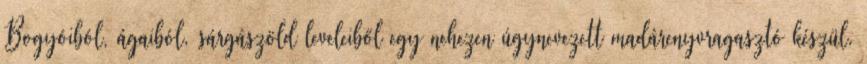
Bogyóiból, ágaiból, sárgászöld leveleiből egy nehezen úgynevezett madárenyvragasztó készül.